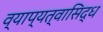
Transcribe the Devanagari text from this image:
व्याप्यत्वासिद्ध